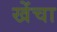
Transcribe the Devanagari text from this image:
खेंचा